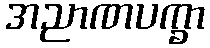
အညာဏပက္ခာ